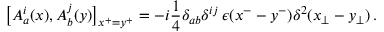
\bigl [ A _ { a } ^ { i } ( x ) , A _ { b } ^ { j } ( y ) \bigr ] _ { x ^ { + } = y ^ { + } } = - i { \frac { 1 } { 4 } } \delta _ { a b } \delta ^ { i j } \, \epsilon ( x ^ { - } - y ^ { - } ) \delta ^ { 2 } ( x _ { \bot } - y _ { \bot } ) \, .